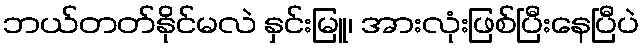
ဘယ်တတ်နိုင်မလဲ နှင်းမြူ၊ အားလုံးဖြစ်ပြီးနေပြီပဲ